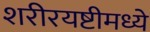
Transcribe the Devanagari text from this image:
शरीरयष्टीमध्ये